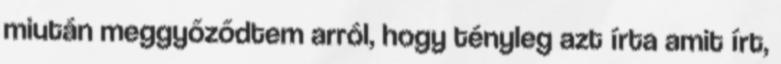
miután meggyőződtem arról, hogy tényleg azt írta amit írt,